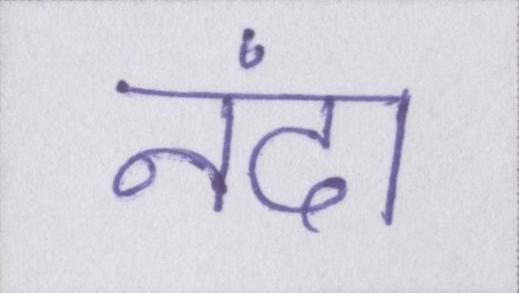
नंदा